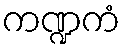
ကဏ္ဍကံ